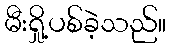
မီးရှို့ပစ်ခဲ့သည်။